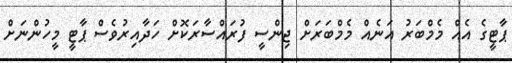
ޕާޓީގެ އެއް މެމްބަރު އަނެއް މެމްބަރަށް ޖިންސީ ފުރައްސާރަކޮށް ހަދާއިރުވެސް ޕާޓީ މީހުންނަށް